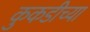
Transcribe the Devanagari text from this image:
कुकडीच्या